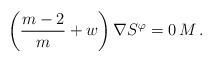
LaTeX: \begin{align*} \left( \frac{m-2}{m} + w \right) \nabla S^\varphi = 0 \, M \, .\end{align*}